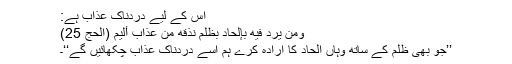
اس کے لیے دردناک عذاب ہے:
وَمَن يُرِدْ فِيهِ بِإِلْحَادٍ بِظُلْمٍ نُّذِقْهُ مِنْ عَذَابٍ أَلِيمٍ (الحج 25)
’’جو بھی ظلم کے ساتھ وہاں الحاد کا ارادہ کرے ہم اسے دردناک عذاب چکھائیں گے‘‘۔